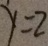
y = 2